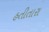
હતીતારા